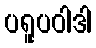
ပရူပဝါဒါ